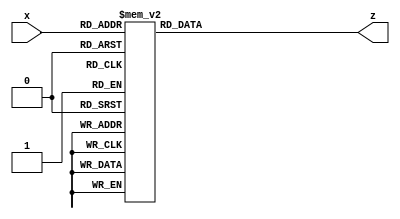
module hexto7segment(
    input  [3:0]x,
    output reg [6:0]z
    );
always @*
case (x)
4'b0000 :      	//Hexadecimal 0
z = 7'b1111110;
4'b0001 :    		//Hexadecimal 1
z = 7'b0110000  ;
4'b0010 :  		// Hexadecimal 2
z = 7'b1101101 ; 
4'b0011 : 		// Hexadecimal 3
z = 7'b1111001 ;
4'b0100 :		// Hexadecimal 4
z = 7'b0110011 ;
4'b0101 :		// Hexadecimal 5
z = 7'b1011011 ;  
4'b0110 :		// Hexadecimal 6
z = 7'b1011111 ;
4'b0111 :		// Hexadecimal 7
z = 7'b1110000;
4'b1000 :     		 //Hexadecimal 8
z = 7'b1111111;
4'b1001 :    		//Hexadecimal 9
z = 7'b1111011 ;
4'b1010 :  		// Hexadecimal A
z = 7'b1110111 ; 
4'b1011 : 		// Hexadecimal B
z = 7'b0011111;
4'b1100 :		// Hexadecimal C
z = 7'b1001110 ;
4'b1101 :		// Hexadecimal D
z = 7'b0111101 ;
4'b1110 :		// Hexadecimal E
z = 7'b1001111 ;
4'b1111 :		// Hexadecimal F
z = 7'b1000111 ;
endcase
 
endmodule